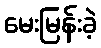
မေးမြန်းခဲ့